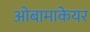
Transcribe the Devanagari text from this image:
ओबामाकेयर